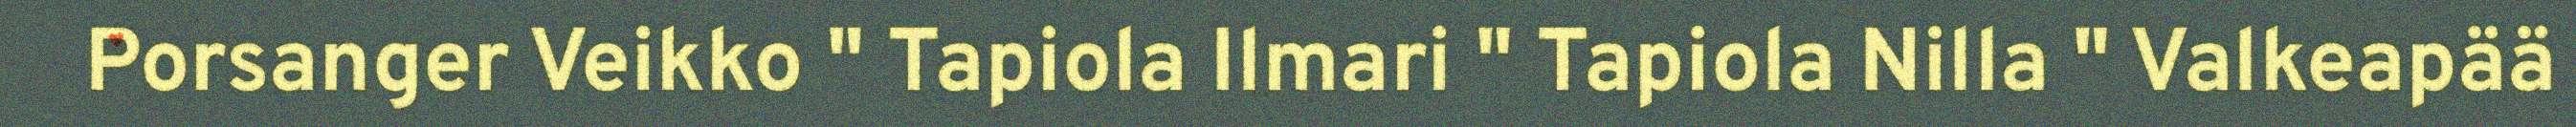
Porsanger Veikko " Tapiola Ilmari " Tapiola Nilla " Valkeapää